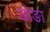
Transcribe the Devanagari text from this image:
छोङा